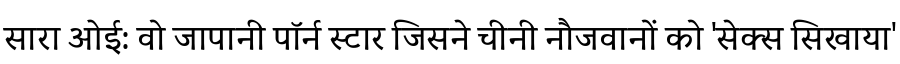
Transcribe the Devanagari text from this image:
सारा ओई: वो जापानी पॉर्न स्टार जिसने चीनी नौजवानों को 'सेक्स सिखाया'